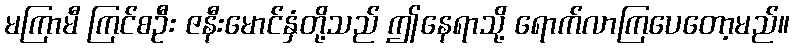
မကြာမီ ကြင်စဦး ဇနီးမောင်နှံတို့သည် ဤနေရာသို့ ရောက်လာကြပေတော့မည်။